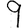
Digit: 9